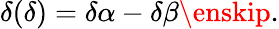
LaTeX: \delta(\delta)=\delta\alpha-\delta\beta\enskip.